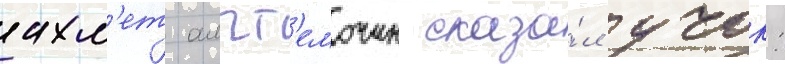
ахм'ет алпт'емочин сказа́л учок: